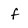
Character: f